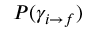
P ( \gamma _ { i \rightarrow f } )